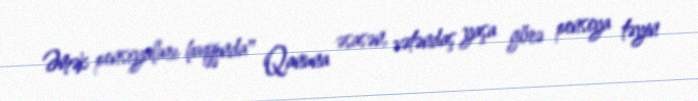
Əmək pensiyaları haqqında" Qanuna əsasən, vətəndaş yaşa görə pensiya təyin